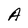
Character: A